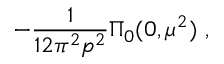
- { \frac { 1 } { 1 2 \pi ^ { 2 } p ^ { 2 } } } \Pi _ { 0 } ( 0 , \mu ^ { 2 } ) \ ,